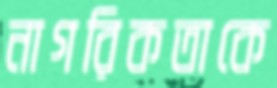
নাগরিকতাকে